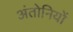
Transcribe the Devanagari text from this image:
अंतोनियों